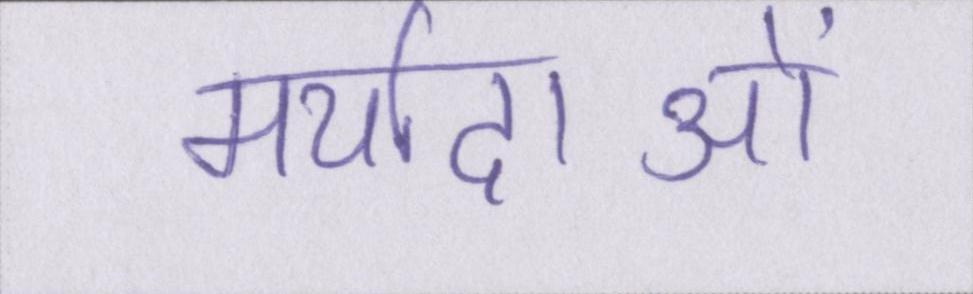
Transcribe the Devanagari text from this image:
मर्यादाओं